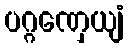
ပဂ္ဂဏှေယျံ